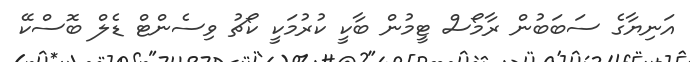
އަނިޔާގެ ސަބަބުން ރާމޯސް ޓީމުން ބާކީ ކުރުމަކީ ކޯޗު ވިސެންޓް ޑެލް ބޮސްކޭ